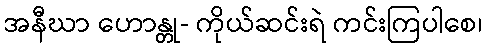
အနီဃာ ဟောန္တု- ကိုယ်ဆင်းရဲ ကင်းကြပါစေ၊